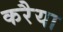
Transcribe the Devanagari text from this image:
करैया